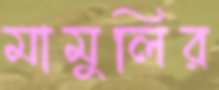
মামুলির